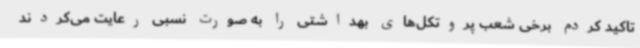
تاکید کردم برخی شعب پروتکل‌های بهداشتی را به صورت نسبی رعایت می‌کردند